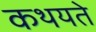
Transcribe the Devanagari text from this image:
कथयते